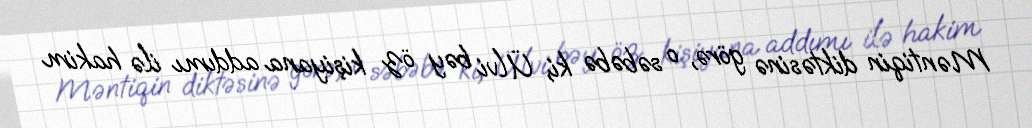
Məntiqin diktəsinə görə, o səbəbə ki, Ülvi bəy öz kişiyana addımı ilə hakim